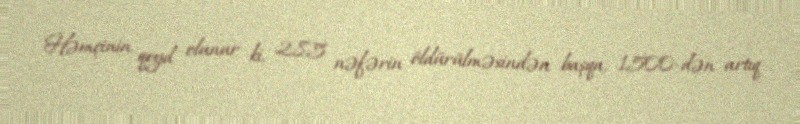
Həmçinin qeyd olunur ki, 285 nəfərin öldürülməsindən başqa, 1500-dən artıq